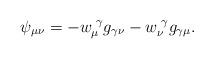
LaTeX: \begin{align*}\psi_{\mu\nu} = - w^{\,\,\gamma}_{\mu}g_{\gamma\nu} - w^{\,\,\gamma}_{\nu}g_{\gamma\mu}.\end{align*}